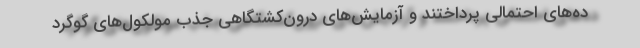
ده‌های احتمالی پرداختند و آزمایش‌های درون‌کشتگاهی جذب مولکول‌های گوگرد